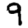
Digit: 9